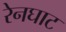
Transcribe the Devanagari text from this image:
रेनघाट